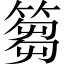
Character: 篘